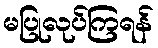
မပြုလုပ်ကြရန်